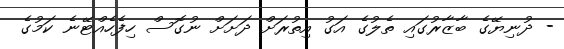
- ދުނިޔޭގެ ބާޒާރުގައި ތެލުގެ އަގު އިތުރަށް ދަށަށް ނުގޮސް ހިފެހެއްޓޭނެ ކަމުގެ